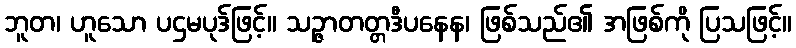
ဘူတ၊ ဟူသော ပဌမပုဒ်ဖြင့်။ သဉ္ဇာတတ္တဒီပနေန၊ ဖြစ်သည်၏ အဖြစ်ကို ပြသဖြင့်။